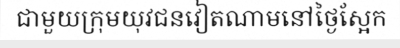
ជាមួយក្រុមយុវជនវៀតណាមនៅថ្ងៃស្អែក